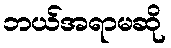
ဘယ်အရာမဆို